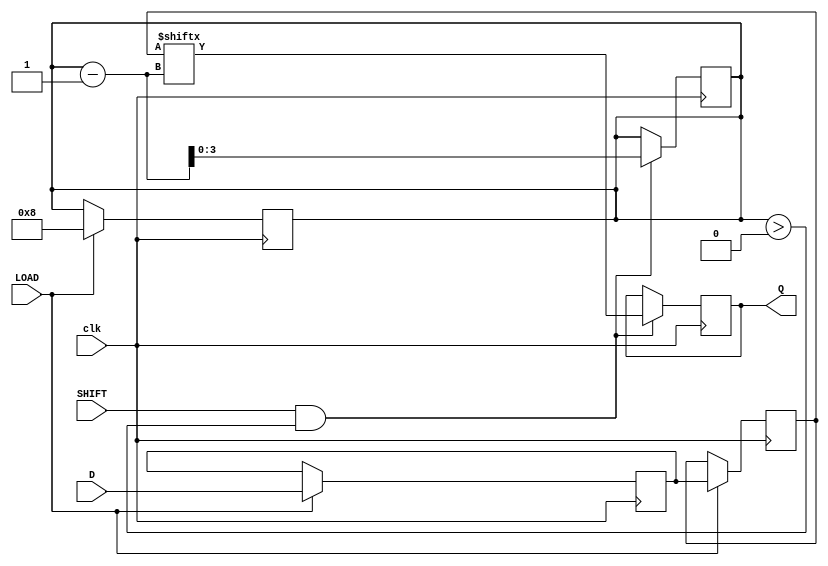
module PISO_Register #(
    parameter WIDTH = 8  // Number of bits for parallel input
)(
    input wire clk,          // Clock signal
    input wire LOAD,        // Load control signal
    input wire SHIFT,       // Shift control signal
    input wire [WIDTH-1:0] D, // Parallel input data
    output reg Q            // Serial output
);

    // Internal registers for the two stages
    reg [WIDTH-1:0] stage1;  // Stage 1 register
    reg [WIDTH-1:0] stage2;  // Stage 2 register
    reg [3:0] bit_count;     // Counter for shifting bits

    // Loading data into Stage 1
    always @(posedge clk) begin
        if (LOAD) begin
            stage1 <= D;      // Load data into Stage 1
            bit_count <= WIDTH; // Initialize bit count for shifting
        end
    end

    // Transfer data from Stage 1 to Stage 2
    always @(posedge clk) begin
        if (LOAD) begin
            // If LOAD is asserted, Stage 2 gets the data from Stage 1
            stage2 <= stage1;
        end
    end

    // Shifting data out from Stage 2
    always @(posedge clk) begin
        if (SHIFT && bit_count > 0) begin
            Q <= stage2[bit_count - 1]; // Shift out the most significant bit
            bit_count <= bit_count - 1;  // Decrement the bit count
        end
    end

endmodule